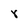
Character: r